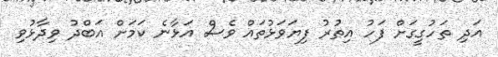
އަދި ތަހުގީގަށް ފަހު އިތުރު ފިޔަވަޅުތައް ވެސް އަޅާނެ ކަމަށް އަބްދު ވިދާޅުވި